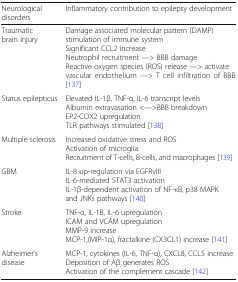
<table><thead><tr><td><b>Neurological disorders</b></td><td><b>Inflammatory contribution to epilepsy development</b></td></tr></thead><tbody><tr><td>Traumatic brain injury</td><td>Damage associated molecular pattern (DAMP) stimulation of immune systemSignificant CCL2 increaseNeutrophil recruitment —&gt; BBB damageReactive oxygen species (ROS) release —&gt; activate vascular endothelium —&gt; T cell infiltration of BBB[137]</td></tr><tr><td>Status epilepticus</td><td>Elevated IL-1β, TNF-α, IL-6 transcript levelsAlbumin extravasation &lt;—&gt;BBB breakdownEP2-COX2 upregulationTLR pathways stimulated [138]</td></tr><tr><td>Multiple sclerosis</td><td>Increased oxidative stress and ROSActivation of microgliaRecruitment of T-cells, B-cells, and macrophages [139]</td></tr><tr><td>GBM</td><td>IL-8 up-regulation via EGFRvIIIIL-6-mediated STAT3 activationIL-1β-dependent activation of NF-κB, p38 MAPK and JNKs pathways [140]</td></tr><tr><td>Stroke</td><td>TNF-α, IL-1Β, IL-6 upregulationICAM and VCAM upregulationMMP-9 increaseMCP-1,(MIP-1α), fractalkine (CX3CL1) increase [141]</td></tr><tr><td>Alzheimer’s disease</td><td>MCP-1, cytokines (IL-6, TNF-α), CXCL8, CCL5 increaseDeposition of Aβ generates ROSActivation of the complement cascade [142]</td></tr></tbody></table>